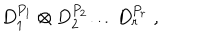
D _ { 1 } ^ { P _ { 1 } } \otimes D _ { 2 } ^ { P _ { 2 } } \ldots D _ { r } ^ { P _ { r } } \; ,